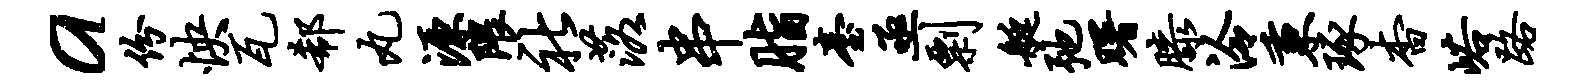
a份怏瓦欷丸源隈社落串脂台亟剽艇弛曙膝泠秉琢杳峪路